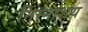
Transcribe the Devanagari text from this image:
निम्नाशय